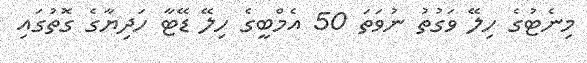
މިނެޓުގެ ހިލޭ ވަގުތު ނުވަތަ 50 އެމްބީގެ ހިލޭ ޑޭޓާ ހަދިޔާގެ ގޮތުގައި